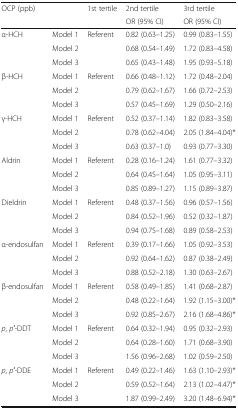
<table><thead><tr><td><b>OCP (ppb)</b></td><td></td><td><b>1st tertile</b></td><td><b>2nd tertile</b></td><td><b>3rd tertile</b></td></tr><tr><td></td><td></td><td></td><td><b>OR (95% CI)</b></td><td><b>OR (95% CI)</b></td></tr></thead><tbody><tr><td rowspan="3">α-HCH</td><td>Model 1</td><td rowspan="3">Referent</td><td>0.82 (0.63–1.25)</td><td>0.99 (0.83–1.55)</td></tr><tr><td>Model 2</td><td>0.68 (0.54–1.49)</td><td>1.72 (0.83–4.58)</td></tr><tr><td>Model 3</td><td>0.65 (0.43–1.48)</td><td>1.95 (0.93–5.18)</td></tr><tr><td rowspan="3">β-HCH</td><td>Model 1</td><td rowspan="3">Referent</td><td>0.66 (0.48–1.12)</td><td>1.72 (0.48–2.04)</td></tr><tr><td>Model 2</td><td>0.79 (0.62–1.67)</td><td>1.66 (0.72–2.53)</td></tr><tr><td>Model 3</td><td>0.57 (0.45–1.69)</td><td>1.29 (0.50–2.16)</td></tr><tr><td rowspan="3">γ-HCH</td><td>Model 1</td><td rowspan="3">Referent</td><td>0.52 (0.37–1.14)</td><td>1.82 (0.83–3.58)</td></tr><tr><td>Model 2</td><td>0.78 (0.62–4.04)</td><td>2.05 (1.84–4.04)*</td></tr><tr><td>Model 3</td><td>0.63 (0.37–1.0)</td><td>0.93 (0.77–3.30)</td></tr><tr><td rowspan="3">Aldrin</td><td>Model 1</td><td rowspan="3">Referent</td><td>0.28 (0.16–1.24)</td><td>1.61 (0.77–3.32)</td></tr><tr><td>Model 2</td><td>0.64 (0.45–1.64)</td><td>1.05 (0.95–3.11)</td></tr><tr><td>Model 3</td><td>0.85 (0.89–1.27)</td><td>1.15 (0.89–3.87)</td></tr><tr><td rowspan="3">Dieldrin</td><td>Model 1</td><td rowspan="3">Referent</td><td>0.48 (0.37–1.56)</td><td>0.96 (0.57–1.56)</td></tr><tr><td>Model 2</td><td>0.84 (0.52–1.96)</td><td>0.52 (0.32–1.87)</td></tr><tr><td>Model 3</td><td>0.94 (0.75–1.68)</td><td>0.89 (0.58–2.53)</td></tr><tr><td rowspan="3">α-endosulfan</td><td>Model 1</td><td rowspan="3">Referent</td><td>0.39 (0.17–1.66)</td><td>1.05 (0.92–3.53)</td></tr><tr><td>Model 2</td><td>0.92 (0.64–1.62)</td><td>0.87 (0.38–2.49)</td></tr><tr><td>Model 3</td><td>0.88 (0.52–2.18)</td><td>1.30 (0.63–2.67)</td></tr><tr><td rowspan="3">β-endosulfan</td><td>Model 1</td><td rowspan="3">Referent</td><td>0.58 (0.49–1.85)</td><td>1.41 (0.68–2.87)</td></tr><tr><td>Model 2</td><td>0.48 (0.22–1.64)</td><td>1.92 (1.15–3.00)*</td></tr><tr><td>Model 3</td><td>0.92 (0.85–2.67)</td><td>2.16 (1.68–4.86)*</td></tr><tr><td rowspan="3"><i>p</i>, <i>p′</i>-DDT</td><td>Model 1</td><td rowspan="3">Referent</td><td>0.64 (0.32–1.94)</td><td>0.95 (0.32–2.93)</td></tr><tr><td>Model 2</td><td>0.64 (0.28–1.60)</td><td>1.71 (0.68–3.90)</td></tr><tr><td>Model 3</td><td>1.56 (0.96–2.68)</td><td>1.02 (0.59–2.50)</td></tr><tr><td rowspan="3"><i>p</i>, <i>p′</i>-DDE</td><td>Model 1</td><td rowspan="3">Referent</td><td>0.49 (0.22–1.46)</td><td>1.63 (1.10–2.93)*</td></tr><tr><td>Model 2</td><td>0.59 (0.52–1.64)</td><td>2.13 (1.02–4.47)*</td></tr><tr><td>Model 3</td><td>1.87 (0.99–2.49)</td><td>3.20 (1.48–6.94)*</td></tr></tbody></table>